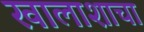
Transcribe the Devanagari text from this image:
खालाशाचा